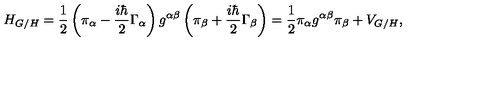
H _ { G / H } = \frac { 1 } { 2 } \left( \pi _ { \alpha } - \frac { i \hbar } { 2 } \Gamma _ { \alpha } \right) g ^ { \alpha \beta } \left( \pi _ { \beta } + \frac { i \hbar } { 2 } \Gamma _ { \beta } \right) = \frac { 1 } { 2 } \pi _ { \alpha } g ^ { \alpha \beta } \pi _ { \beta } + V _ { G / H } ,